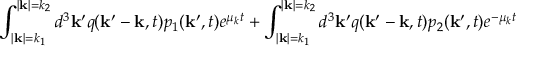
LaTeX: \int _ { | { \bf k } | = k _ { 1 } } ^ { | { \bf k } | = k _ { 2 } } d ^ { 3 } { \bf k ^ { \prime } } q ( { \bf k ^ { \prime } - k } , t ) p _ { 1 } ( { \bf k ^ { \prime } } , t ) e ^ { \mu _ { k } t } + \int _ { | { \bf k } | = k _ { 1 } } ^ { | { \bf k } | = k _ { 2 } } d ^ { 3 } { \bf k ^ { \prime } } q ( { \bf k ^ { \prime } - k } , t ) p _ { 2 } ( { \bf k ^ { \prime } } , t ) e ^ { - \mu _ { k } t }